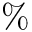
\%